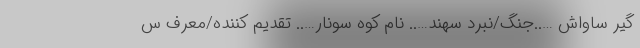
گیر ساواش …..جنگ/نبرد سهند….. نام کوه سونار….. تقدیم کننده/معرف س